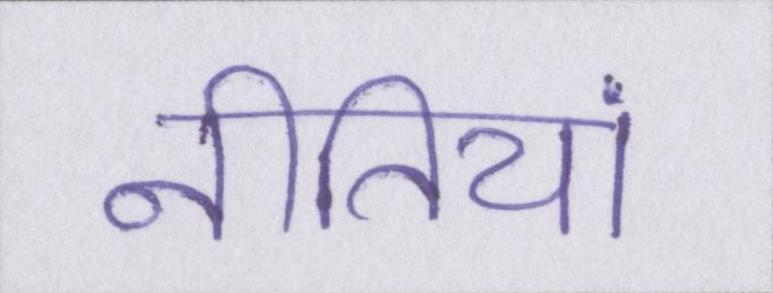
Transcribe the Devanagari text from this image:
नीतियां